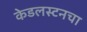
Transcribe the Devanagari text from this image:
केडलस्टनचा